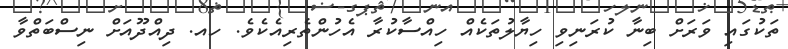
ތަކުގައި ވަރަށް ބިނާ ކުރަނިވި ހިޔާލުތަކެއް ހިއްސާކުރާ އެހުންތެރިއެކެވެ. ހއ. ދިއްދޫއަށް ނިސްބަތްވާ